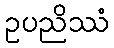
ဥပညိဿံ